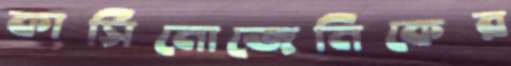
কার্সিনোজেনিকের